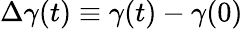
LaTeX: \Delta\gamma(t)\equiv\gamma(t)-\gamma(0)